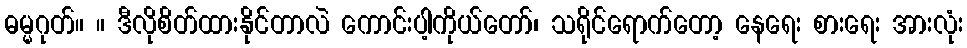
ဓမ္မဂုတ်။ ။ ဒီလိုစိတ်ထားနိုင်တာလဲ ကောင်းပါ့ကိုယ်တော်၊ သရိုင်ရောက်တော့ နေရေး စားရေး အားလုံး